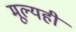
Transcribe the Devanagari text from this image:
मूल्यही